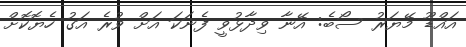
އައްޑޫ މޭޔަރު ސޯބެ: އޭނާ ވިދާޅުވީ ފެނަކަ އަށް ވުރެ އަގު ހެޔޮކޮށް